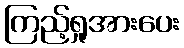
ကြည့်ရှုအားပေး